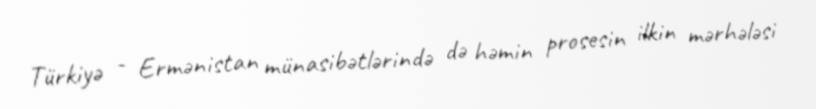
Türkiyə - Ermənistan münasibətlərində də həmin prosesin ilkin mərhələsi